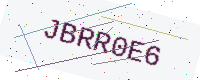
Text: JBRR0E6